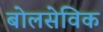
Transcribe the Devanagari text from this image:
बोलसेविक